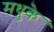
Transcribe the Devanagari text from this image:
मधुके